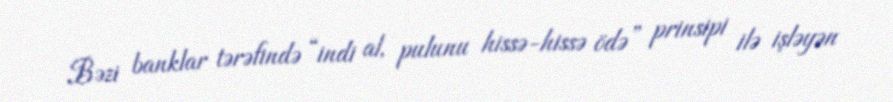
Bəzi banklar tərəfində “indi al, pulunu hissə-hissə ödə” prinsipi ilə işləyən